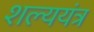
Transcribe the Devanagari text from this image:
शल्ययंत्र